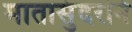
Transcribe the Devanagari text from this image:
मातासुंदरीने